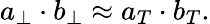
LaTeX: a_{\perp}\cdot b_{\perp}\approx a_{T}\cdot b_{T}.